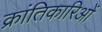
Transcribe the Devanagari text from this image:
क्रांतिकारिओं